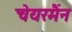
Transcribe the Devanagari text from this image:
चेयरमैंन